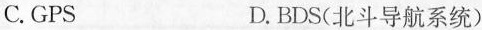
C.GPS D.BDS(北斗导航系统)